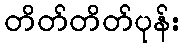
တိတ်တိတ်ပုန်း